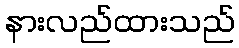
နားလည်ထားသည်